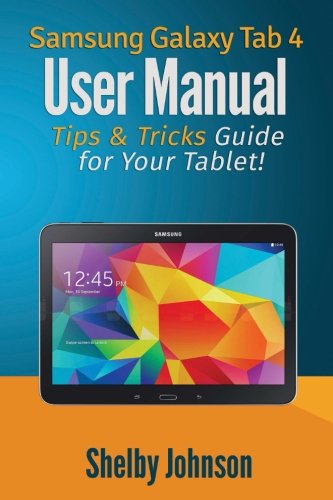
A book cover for Samsung Galaxy Tab 4 User Manual: Tips & Tricks Guide for Your Tablet!; Shelby Johnson; Computers & Technology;